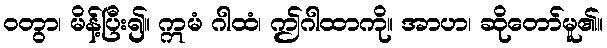
ဝတွာ၊ မိန့်ပြီး၍။ ဣမံ ဂါထံ၊ ဤဂါထာကို။ အာဟ၊ ဆိုတော်မူ၏။